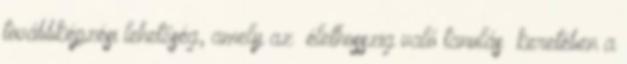
továbbképzési lehetőség, amely az „élethosszig való tanulás” keretében a